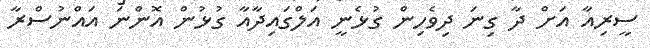
ސީރިއާ އަށް ދާ ގިނަ ދިވެހިން ގުޅެނީ އަލްގައިދާއާ ގުޅުން އޮންނަ އައްނުސްރާ